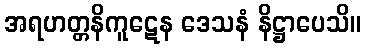
အရဟတ္တနိကူဋေန ဒေသနံ နိဋ္ဌာပေသိ။